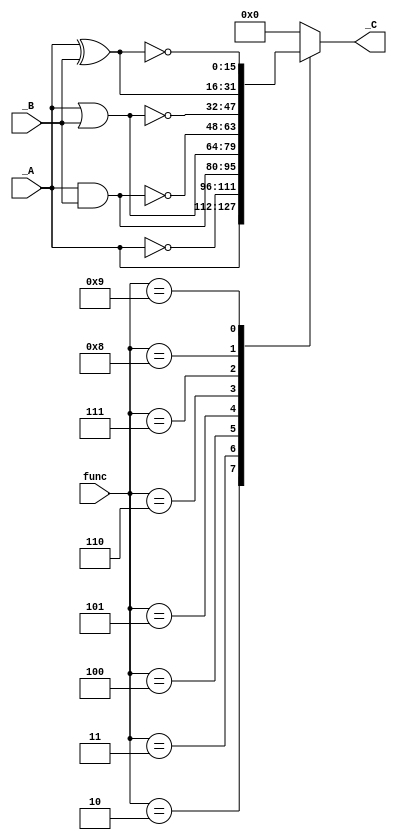
`ifndef BITWISE_MODULE_V
`define BITWISE_MODULE_V

`define FUNC_ID     4'b0010
`define FUNC_NOT    4'b0011
`define FUNC_AND    4'b0100
`define FUNC_OR     4'b0101
`define FUNC_NAND   4'b0110
`define FUNC_NOR    4'b0111
`define FUNC_XOR    4'b1000
`define FUNC_XNOR   4'b1001

module bitwise_module #(parameter data_width = 16) (
    	input [data_width - 1 : 0]_A,
   	input [data_width - 1 : 0]_B,
	input [3 : 0]func,
	output reg [data_width - 1 : 0] _C
);
    	always @(*) begin
        	case (func)
            		`FUNC_ID: begin               
				_C <= _A;		        			        
           	 	end
            		`FUNC_NOT: begin
                		_C <= ~_A;
            		end
            		`FUNC_AND: begin
                		_C <= _A&_B;
            		end
            		`FUNC_OR: begin
                		_C <= _A|_B;
            		end
            		`FUNC_NAND: begin
               		 	_C <= ~(_A&_B);	
            		end
            		`FUNC_NOR: begin
                		_C <= ~(_A|_B);
            		end
            		`FUNC_XOR: begin
                		_C = _A^_B;
            		end
            		`FUNC_XNOR: begin
                		_C <=  ~(_A^_B);
           	 	end
            		default : begin
                		_C <= 16'h0000;
            		end
		endcase
    	end
endmodule

// module identity_not_module #(parameter data_width = 16) (
// 	input [data_width - 1 : 0]_A,
// 	input func,
// 	output reg [data_width - 1 : 0] _C
// );
// 	always @(*) begin
// 		if(func) // NOT
// 			_C <= ~_A;
// 		else // IDENTITY
// 			_C <= _A;
// 	end
// endmodule

// module and_or_module #(parameter data_width = 16) (
// 	input [data_width - 1 : 0]_A,
// 	input [data_width - 1 : 0]_B,
// 	input func,
// 	output reg [data_width - 1 : 0] _C
// );
// 	always @(*) begin
// 		if(func) // OR
// 			_C <= _A|_B;
// 		else // AND
// 			_C <= _A&_B; 
// 	end	
// endmodule

// module nand_nor_module #(parameter data_width = 16) (
// 	input [data_width - 1 : 0]_A,
// 	input [data_width - 1 : 0]_B,
// 	input func,
// 	output reg [data_width - 1 : 0] _C
// );
// 	always @(*) begin
// 		if(func) // NOR
// 			_C <= ~(_A|_B);
// 		else // NAND	
// 			_C <= ~(_A&_B);	
// 	end
// endmodule

// module xor_or_xnor #(parameter data_width = 16) (
// 	input [data_width - 1 : 0]A,
// 	input [data_width - 1 : 0]B,
// 	input is_neg,
// 	output reg [data_width - 1 : 0] result,
// 	output offlag);
	
// 	assign offlag = 0;
// 	always @(*) begin
// 		if(is_neg)
// 			result = ~(A^B); 
// 		else
// 			result = A^B;
// 	end
// endmodule

`endif